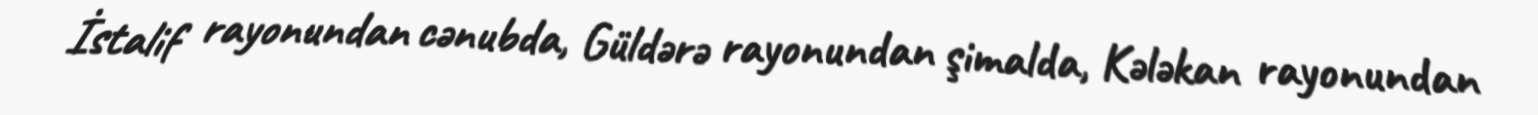
İstalif rayonundan cənubda, Güldərə rayonundan şimalda, Kələkan rayonundan